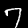
Label: 7